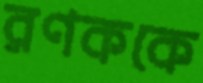
রণককে